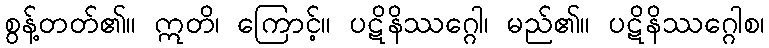
စွန့်တတ်၏။ ဣတိ၊ ကြောင့်။ ပဋိနိဿဂ္ဂေါ၊ မည်၏။ ပဋိနိဿဂ္ဂေါစ၊